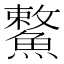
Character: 𩺾